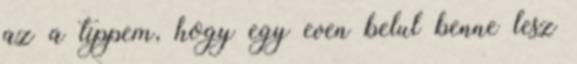
az a tippem, hogy egy even belul benne lesz